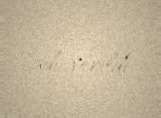
adı verildi.